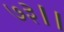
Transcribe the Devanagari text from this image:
७३।।